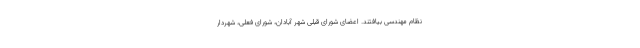
نظام مهندسی بیافتند. اعضای شورای قبلی شهر آبادان، شورای فعلی، شهردار